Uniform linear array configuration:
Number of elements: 12
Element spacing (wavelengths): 0.75
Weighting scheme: cosine
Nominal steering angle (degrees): -15
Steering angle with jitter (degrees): -13.576
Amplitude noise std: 0.05
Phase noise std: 0.05

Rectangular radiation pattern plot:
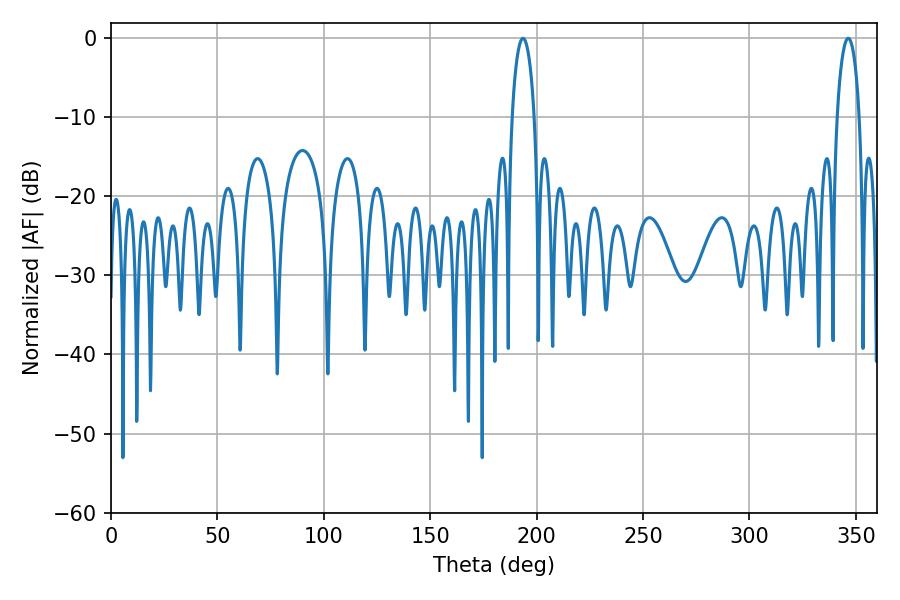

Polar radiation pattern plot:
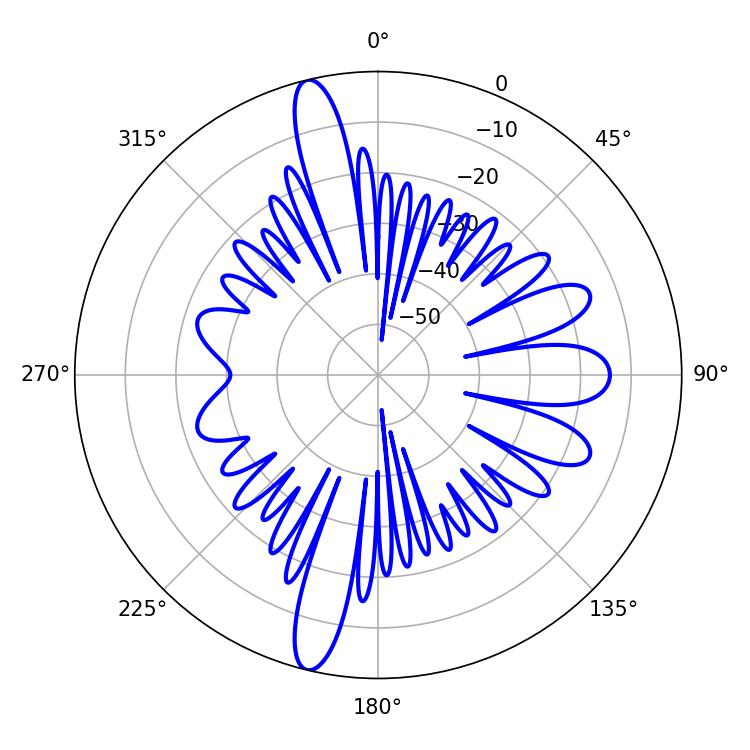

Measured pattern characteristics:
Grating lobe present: TRUE
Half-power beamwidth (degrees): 5.94
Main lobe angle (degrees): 193.68